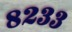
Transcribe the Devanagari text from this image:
८२३३